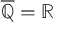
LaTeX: { \overline { { \mathbb { Q } } } } = \mathbb { R }